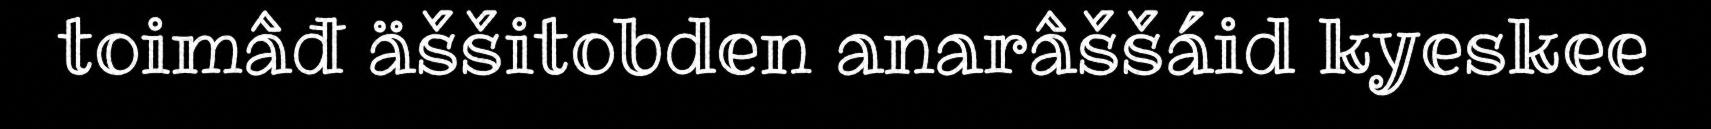
toimâđ äššitobden anarâššáid kyeskee